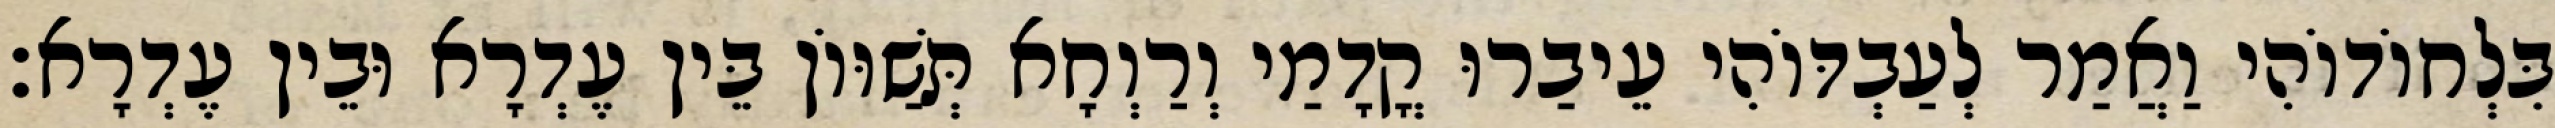
בִּלְחוֹדוֹהִי וַאֲמַר לְעַבְדּוֹהִי עֵיבַרוּ קֳדָמַי וְרַוְחָא תְּשַׁוּוֹן בֵּין עֶדְרָא וּבֵין עֶדְרָא׃